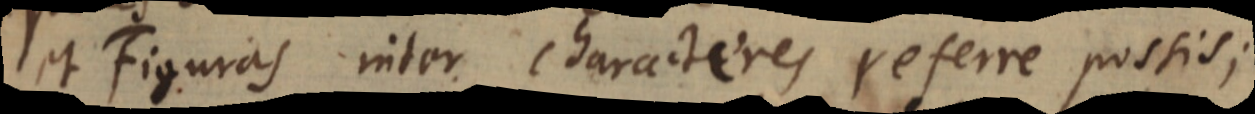
et Figuras inter characteres referre possis;